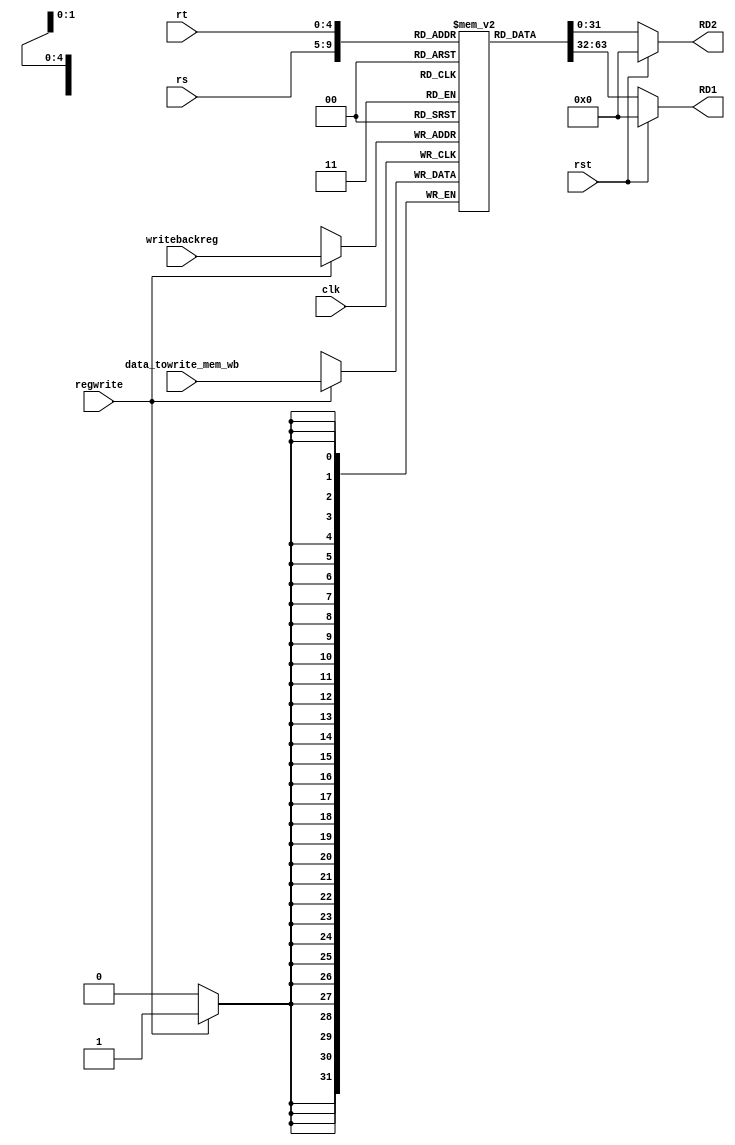
module RegFile(
  input [4:0] rs,
    input [4:0] rt,
    input [4:0] writebackreg,
	 input rst,
    input regwrite,
	  input [31:0] data_towrite_mem_wb,
    input clk,
    output reg [31:0] RD1,
    output reg [31:0] RD2
	 );

    reg [31:0] memory[31:0];

integer i;
    initial 
	begin
		for (i = 0; i < 31; i = i + 1)
			begin
				memory[i] = i;
			end
    end
	
    always @(posedge clk ) begin
		
        if (regwrite) 
		begin
			memory[writebackreg]<=data_towrite_mem_wb;
        end
	 end	 
				
		
   
    always @(*) 
	begin
			if(rst)
			begin
				RD1=0;
				RD2=0;
		    end
		   else 
		   begin
				RD1 = memory[rs];
				RD2 = memory[rt];
			end		
    end

endmodule